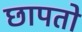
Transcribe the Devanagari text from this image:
छापतो